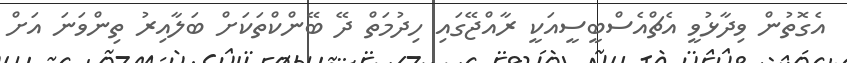
އެގޮތުން ވިދާޅުވީ އެޗްއެސްބީސީއަކީ ރާއްޖޭގައި ހިދުމަތް ދޭ ބޭންކްތަކަށް ބަލާއިރު ތިންވަނަ އަށް